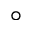
\circ